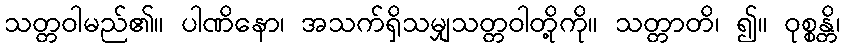
သတ္တဝါမည်၏။ ပါဏိနော၊ အသက်ရှိသမျှသတ္တဝါတို့ကို။ သတ္တာတိ၊ ၍။ ဝုစ္စန္တိ၊